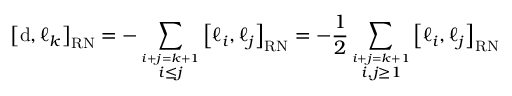
\left[ \mathrm { d } , \ell _ { k } \right] _ { \mathrm { \tiny { R N } } } = - \sum _ { \overset { i + j = k + 1 } { i \leq j } } \left[ \ell _ { i } , \ell _ { j } \right] _ { \mathrm { \tiny { R N } } } = - \frac { 1 } { 2 } \sum _ { \overset { i + j = k + 1 } { i , j \geq 1 } } \left[ \ell _ { i } , \ell _ { j } \right] _ { \mathrm { \tiny { R N } } }